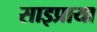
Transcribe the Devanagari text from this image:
साइप्राया